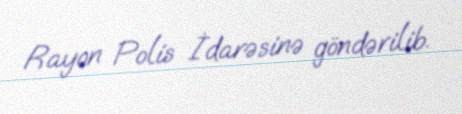
Rayon Polis İdarəsinə göndərilib.